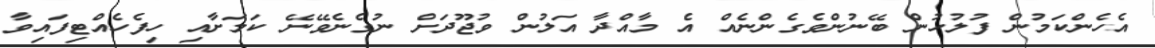
އެހެންކަމުން ފުލުހުން ބޭނުންވެގެންނެއް އެ މާއްދާ އަލުން ވުޖޫދަށް ނުގެނެވޭނޭ ކަމަށާއި ހިފެހެއްޓިފައިވާ